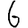
Digit: 6